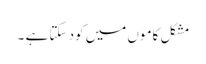
مشکل کاموں میں کود سکتا ہے ۔